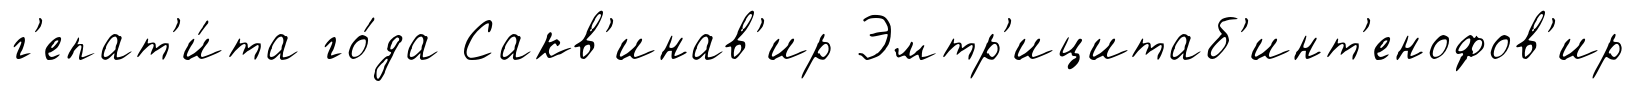
г'епат'и́та го́да Сакв'инав'ир Эмтр'ицитаб'инт'енофов'ир